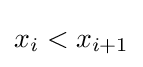
x_{i}<x_{i+1}